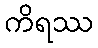
ကိရဿ